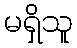
မရှိသူ